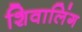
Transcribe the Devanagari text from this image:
शिवालिंग